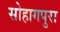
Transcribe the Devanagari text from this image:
सोहागपुरा